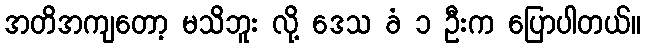
အတိအကျတော့ မသိဘူး လို့ ဒေသ ခံ ၁ ဦးက ပြောပါတယ်။